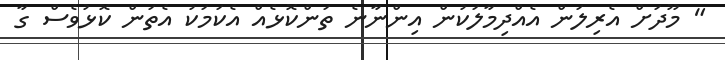
" މޫދަށް އެރިލަން އެއްދިމާލަކުން އިންނާނެ ތަންކޮޅެއް އެކަމަކު އެތަން ކޮޅުވެސް ގާ